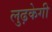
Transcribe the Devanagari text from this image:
लुढ़केगी